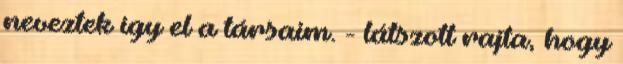
neveztek így el a társaim. - látszott rajta, hogy